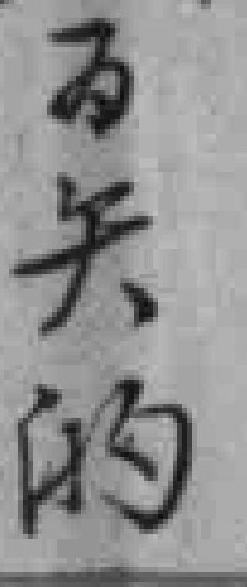
为矢的